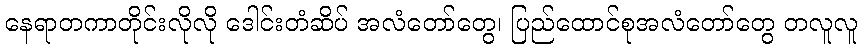
နေရာတကာတိုင်းလိုလို ဒေါင်းတံဆိပ် အလံတော်တွေ၊ ပြည်ထောင်စုအလံတော်တွေ တလူလူ